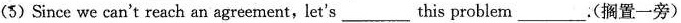
(5)Since we can't reach an agreement,let's___this problen___.(搁置一旁)